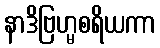
နာဒိဗြဟ္မစရိယကာ